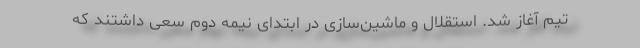
تیم آغاز شد. استقلال و ماشین‌سازی در ابتدای نیمه دوم سعی داشتند که